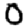
Digit: 0